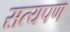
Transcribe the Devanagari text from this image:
सत्यपण